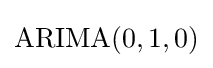
{\text{ARIMA}}(0,1,0)